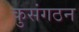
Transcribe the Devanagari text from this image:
कुसंगठन